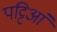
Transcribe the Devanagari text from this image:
पट्टिआं